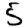
Digit: 5